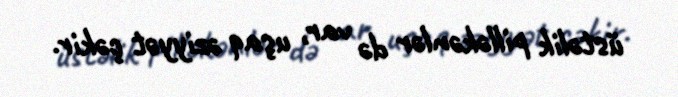
üstəlik pilləkənlər də var, uşaq əziyyət çəkir.